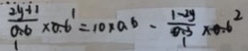
\frac { 2 y + 1 } { 0 . 6 } \times 0 . \dot { 6 } = 1 0 \times 0 . 6 - \frac { 1 - 2 y } { 0 . 3 } \times 0 . 6 ^ { 2 }